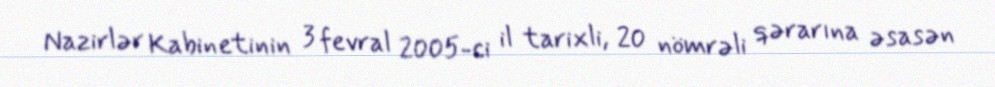
Nazirlər Kabinetinin 3 fevral 2005-ci il tarixli, 20 nömrəli qərarına əsasən